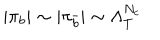
LaTeX: | \pi _ { b } | \sim | \pi _ { \bar { b } } | \sim \Lambda _ { T } ^ { N _ { c } }